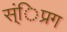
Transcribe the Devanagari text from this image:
स्ंिप्रग